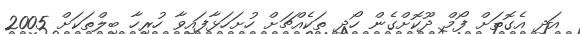
އަދި އެގޮތަށް ފޯމް ދޫކޮށްގެން ހޯދި ތަކެއްޗަށް ހުށަހަޅާފައިވާ ހުރިހާ ބިލްތަކަށް 2005